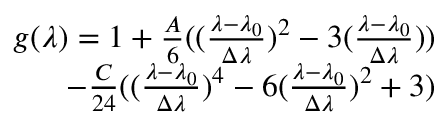
\begin{array} { r } { g ( \lambda ) = 1 + \frac { A } { 6 } ( ( \frac { \lambda - \lambda _ { 0 } } { \Delta \lambda } ) ^ { 2 } - 3 ( \frac { \lambda - \lambda _ { 0 } } { \Delta \lambda } ) ) } \\ { - \frac { C } { 2 4 } ( ( \frac { \lambda - \lambda _ { 0 } } { \Delta \lambda } ) ^ { 4 } - 6 ( \frac { \lambda - \lambda _ { 0 } } { \Delta \lambda } ) ^ { 2 } + 3 ) } \end{array}